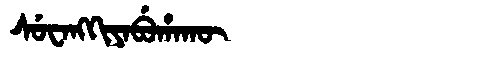
Manchu: ᠰᡠᠸᠠᠩᡴᡳᠶᠠᠪᡠᡥᠠᡴᡡ
Romanization: SUWANGKIYABUHAKŪ